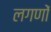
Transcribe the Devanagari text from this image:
लगणों